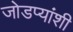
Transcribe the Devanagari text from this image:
जोडप्यांशी